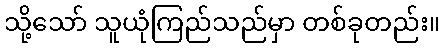
သို့သော် သူယုံကြည်သည်မှာ တစ်ခုတည်း။